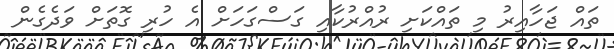
ތައް ޖަހާއިރު މި ތައްކަށި ރުއްރުކާއި ގަސްގަހަށް އެ ހުރި ގޮތަށް ވަދެގެން